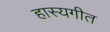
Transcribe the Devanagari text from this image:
हास्यगीत